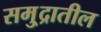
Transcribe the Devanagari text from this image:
समु्द्रातील